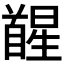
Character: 𮩥